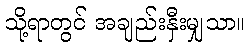
သို့ရာတွင် အချည်းနှီးမျှသာ။